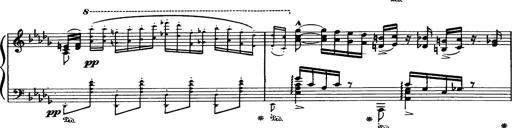
Title: Paraphrase de concert sur Rigoletto
Composer: Franz Liszt